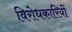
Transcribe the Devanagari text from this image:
विरोधकारियों